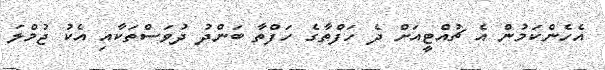
އެހެންކަމުން އެ ޗުއްޓީއަށް ދެ ހަފްތާގެ ހަފްތާ ބަންދު ދުވަސްތަކާއި އެކު ޖުމްލަ